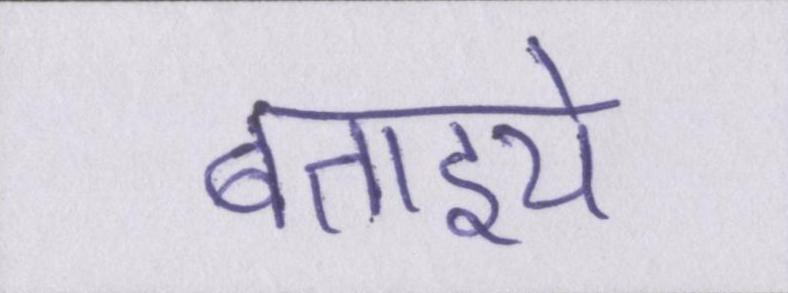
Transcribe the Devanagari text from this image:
बताइये